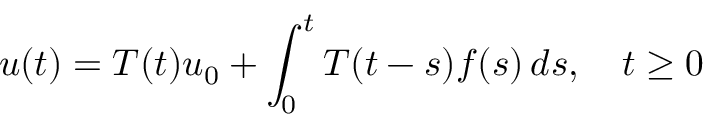
u ( t ) = T ( t ) u _ { 0 } + \int _ { 0 } ^ { t } T ( t - s ) f ( s ) \, d s , \quad t \geq 0